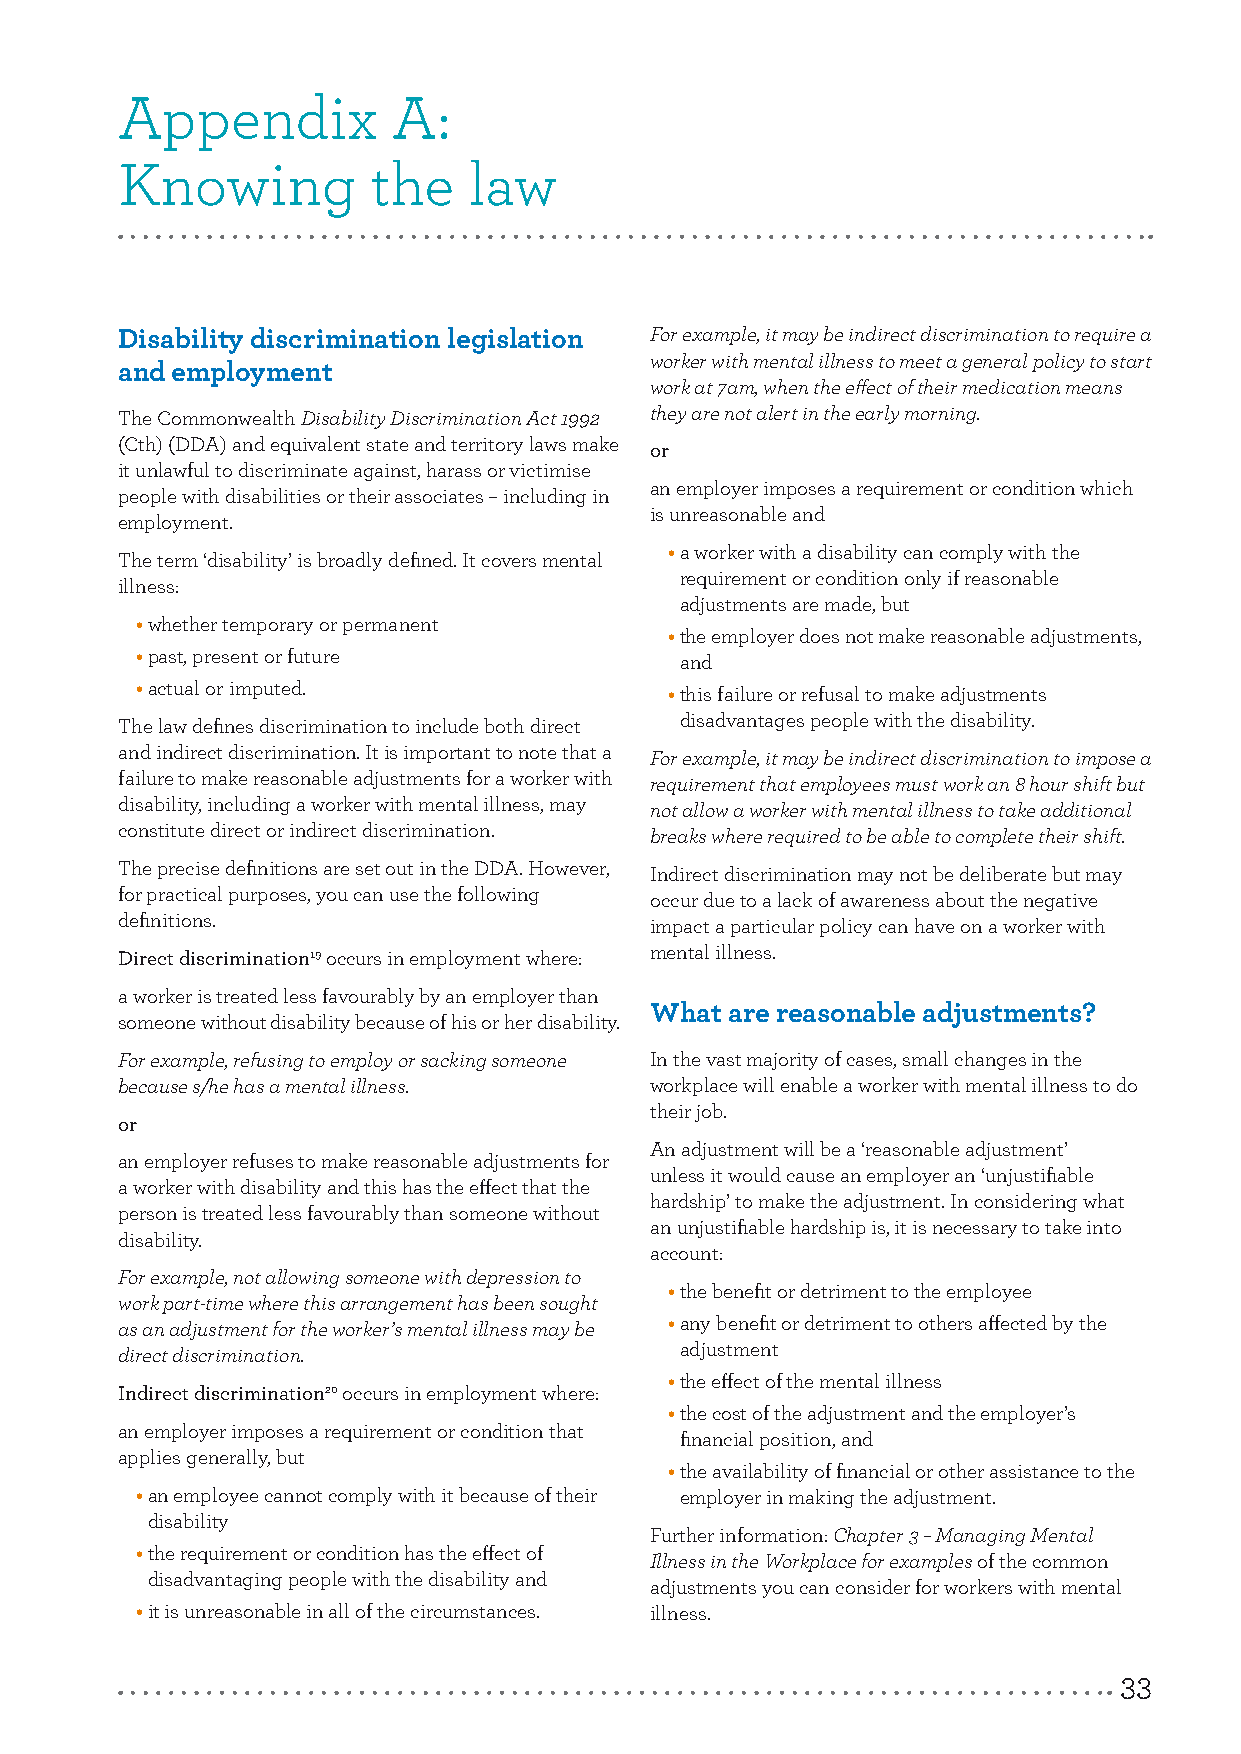
Appendix          A:
 Knowing          the   law
 Disability discrimination legislation For example, it may be indirect discrimination to require a
 worker with mental illness to meet a general policy to start
 and employment
 work at 7am, when the effect of their medication means
 The Commonwealth Disability Discrimination Act 1992 they are not alert in the early morning.
 (Cth) (DDA) and equivalent state and territory laws make
 or
 it unlawful to discriminate against, harass or victimise
 an employer imposes a requirement or condition which
 people with disabilities or their associates – including in
 is unreasonable and
 employment.
 • a worker with a disability can comply with the
 The term ‘disability’ is broadly defined. It covers mental
 requirement or condition only if reasonable
 illness:
 adjustments are made, but
 • whether temporary or permanent
 • the employer does not make reasonable adjustments,
 • past, present or future           and
 • actual or imputed.               • this failure or refusal to make adjustments
 The law defines discrimination to include both direct disadvantages people with the disability.
 and indirect discrimination. It is important to note that a
 For example, it may be indirect discrimination to impose a
 failure to make reasonable adjustments for a worker with
 requirement that employees must work an 8 hour shift but
 disability, including a worker with mental illness, may
 not allow a worker with mental illness to take additional
 constitute direct or indirect discrimination.
 breaks where required to be able to complete their shift.
 The precise definitions are set out in the DDA. However, Indirect discrimination may not be deliberate but may
 for practical purposes, you can use the following occur due to a lack of awareness about the negative
 definitions.                       impact a particular policy can have on a worker with
 Direct discrimination19 occurs in employment where: mental illness.
 a worker is treated less favourably by an employer than
 What are reasonable adjustments?
 someone without disability because of his or her disability.
 For example, refusing to employ or sacking someone In the vast majority of cases, small changes in the
 because s/he has a mental illness. workplace will enable a worker with mental illness to do
 their job.
 or
 An adjustment will be a ‘reasonable adjustment’
 an employer refuses to make reasonable adjustments for
 unless it would cause an employer an ‘unjustifiable
 a worker with disability and this has the effect that the
 hardship’ to make the adjustment. In considering what
 person is treated less favourably than someone without
 an unjustifiable hardship is, it is necessary to take into
 disability.
 account:
 For example, not allowing someone with depression to
 • the benefit or detriment to the employee
 work part-time where this arrangement has been sought
 as an adjustment for the worker’s mental illness may be • any benefit or detriment to others affected by the
 adjustment
 direct discrimination.
 • the effect of the mental illness
 Indirect discrimination20 occurs in employment where:
 • the cost of the adjustment and the employer’s
 an employer imposes a requirement or condition that
 financial position, and
 applies generally, but
 • the availability of financial or other assistance to the
 • an employee cannot comply with it because of their employer in making the adjustment.
 disability
 Further information: Chapter 3 – Managing Mental
 • the requirement or condition has the effect of Illness in the Workplace for examples of the common
 disadvantaging people with the disability and
 adjustments you can consider for workers with mental
 • it is unreasonable in all of the circumstances. illness.
 33